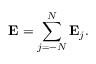
\mathbf { E } = \sum _ { j = - N } ^ { N } \mathbf { E } _ { j } .